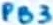
Text: PB3